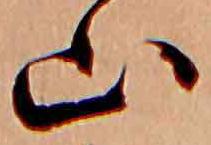
山